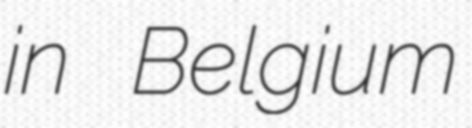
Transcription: in Belgium